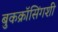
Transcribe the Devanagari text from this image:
बुकक्रॉसिंगशी